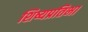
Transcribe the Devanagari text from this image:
शिष्यप्रतिभा